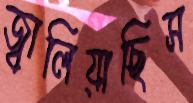
জ্বালিয়াছিস